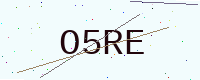
Text: O5RE